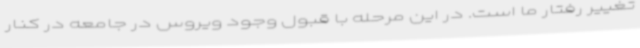
تغییر رفتار ما است. در این مرحله با قبول وجود ویروس در جامعه در کنار